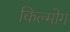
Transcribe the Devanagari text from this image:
किल्मोग